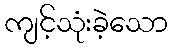
ကျင့်သုံးခဲ့သော